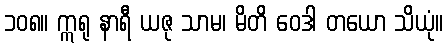
၁၀၈။ ဣရု နာရီ ယဇု သာမ၊ မိတိ ဝေဒါ တယော သိယုံ။